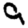
Digit: 9